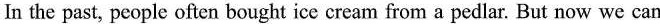
In the past, people often bought ice cream from a pedlar. But now we can